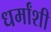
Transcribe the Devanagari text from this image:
धर्मांशी